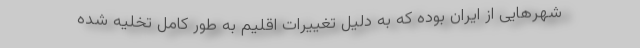
شهرهایی از ایران بوده که به دلیل تغییرات اقلیم به طور کامل تخلیه شده